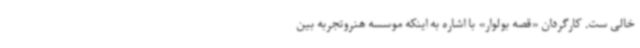
خالی ست. کارگردان «قصه بولوار» با اشاره به اینکه موسسه هنروتجربه بین